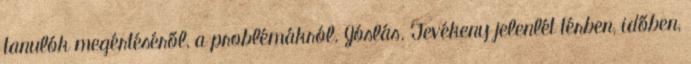
tanulók megértéséről, a problémákról. Jóslás. Tevékeny jelenlét térben, időben,